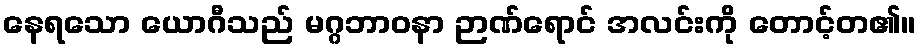
နေရသော ယောဂီသည် မဂ္ဂဘာဝနာ ဉာဏ်ရောင် အလင်းကို တောင့်တ၏။